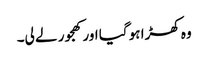
وہ کھڑا ہو گیا اور کھجور لے لی۔